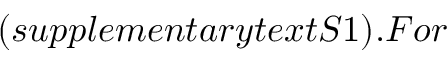
( s u p p l e m e n t a r y t e x t S 1 ) . F o r